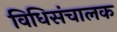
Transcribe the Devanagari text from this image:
विधिसंचालक